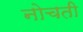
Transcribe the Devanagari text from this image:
नोचती